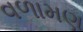
વળામણ